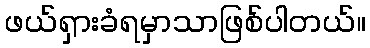
ဖယ်ရှားခံရမှာသာဖြစ်ပါတယ်။